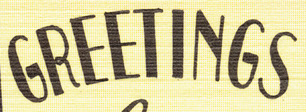
GREETINGS